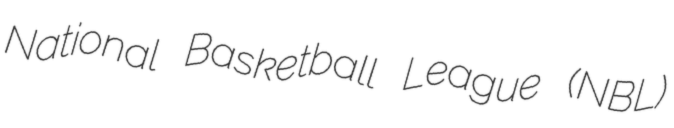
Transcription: National Basketball League (NBL)